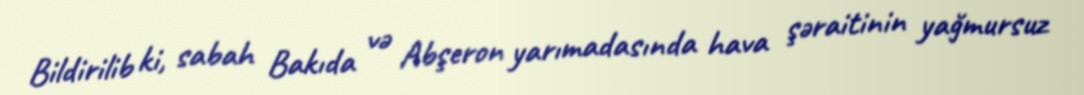
Bildirilib ki, sabah Bakıda və Abşeron yarımadasında hava şəraitinin yağmursuz